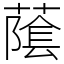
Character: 䕃